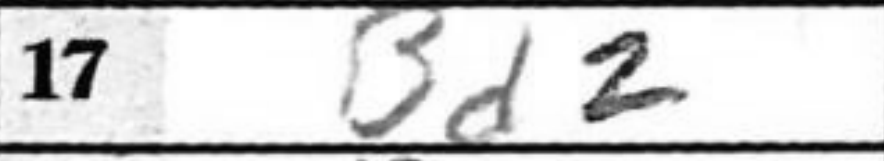
Transcription: Bd2